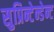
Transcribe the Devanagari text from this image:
सुप्रिन्टेन्डेन्ट